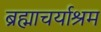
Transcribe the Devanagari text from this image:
ब्रह्माचर्याश्रम